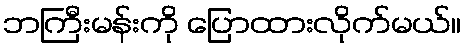
ဘကြီးမန်းကို ပြောထားလိုက်မယ်။